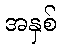
အနှစ်